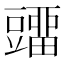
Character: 𰶡